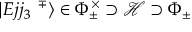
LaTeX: | E j j _ { 3 } \, \, ^ { \mp } \rangle \in \Phi _ { \pm } ^ { \times } \supset { \mathcal H } \supset \Phi _ { \pm }